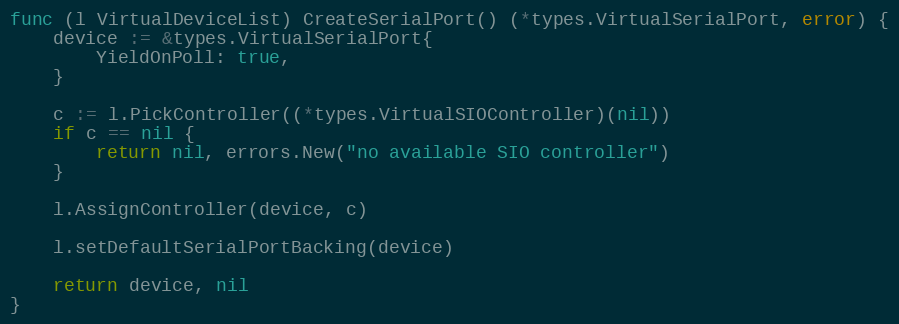
Language: Go
func (l VirtualDeviceList) CreateSerialPort() (*types.VirtualSerialPort, error) {
	device := &types.VirtualSerialPort{
		YieldOnPoll: true,
	}

	c := l.PickController((*types.VirtualSIOController)(nil))
	if c == nil {
		return nil, errors.New("no available SIO controller")
	}

	l.AssignController(device, c)

	l.setDefaultSerialPortBacking(device)

	return device, nil
}